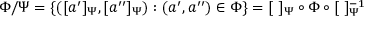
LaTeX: \Phi / \Psi = \{ ( [ a ^ { \prime } ] _ { \Psi } , [ a ^ { \prime \prime } ] _ { \Psi } ) : ( a ^ { \prime } , a ^ { \prime \prime } ) \in \Phi \} = [ \ ] _ { \Psi } \circ \Phi \circ [ \ ] _ { \Psi } ^ { - 1 }